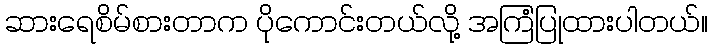
ဆားရေစိမ်စားတာက ပိုကောင်းတယ်လို့ အကြံပြုထားပါတယ်။